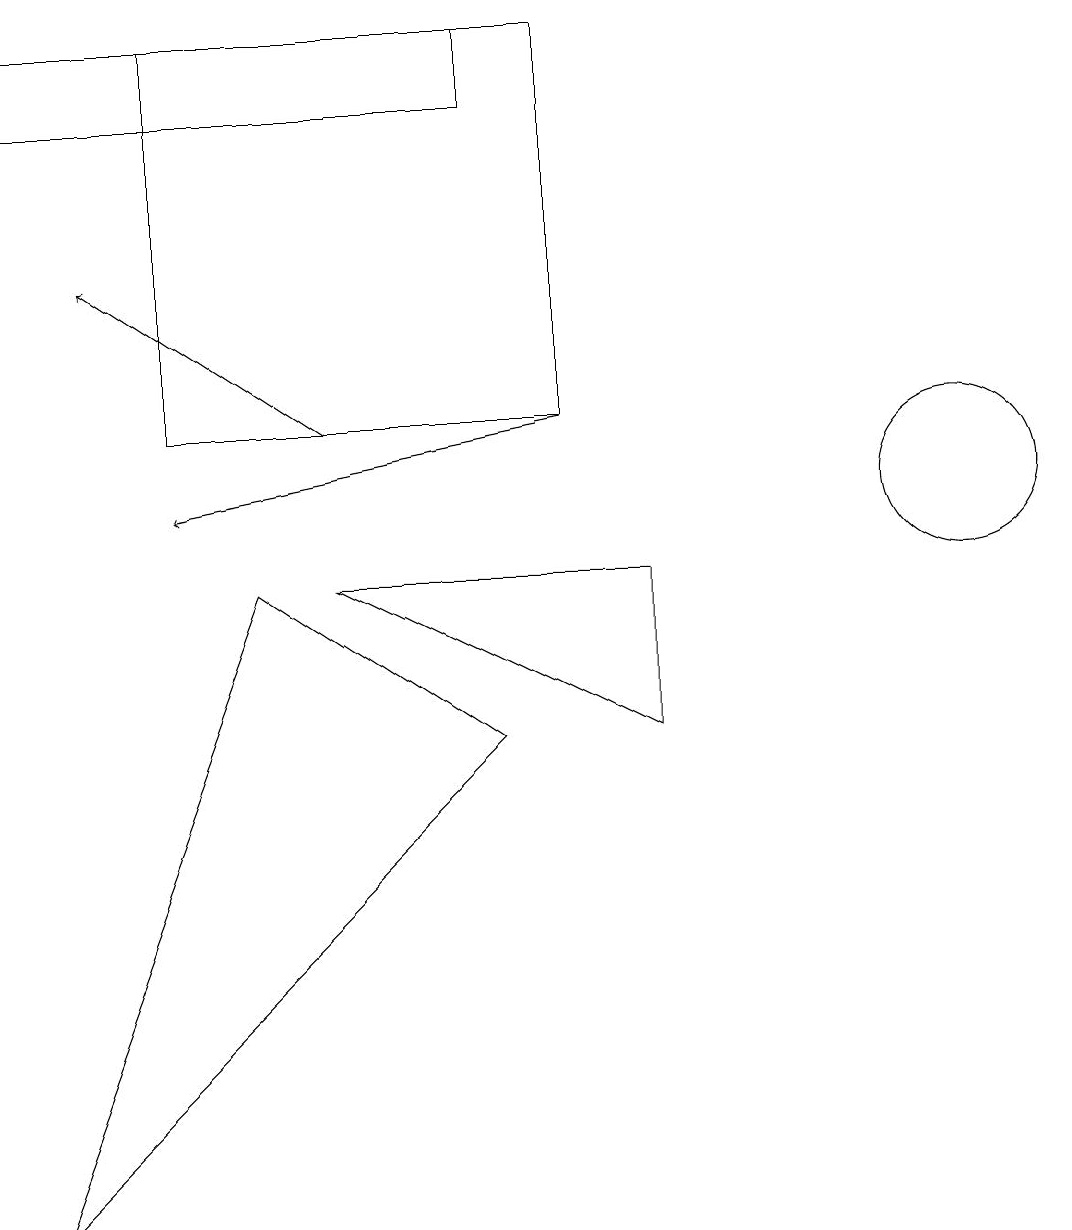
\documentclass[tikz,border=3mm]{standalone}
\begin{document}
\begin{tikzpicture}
\draw (2,11) rectangle (7,16);
\draw[->] (7,11) -- (2,10);
\draw (0,1) -- (3,9) -- (6,7) -- cycle;
\draw (6,16) rectangle (0,15);
\draw (4,9) -- (8,7) -- (8,9) -- cycle;
\draw[->] (4,11) -- (1,13);
\draw (12,10) circle (1);
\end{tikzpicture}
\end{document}